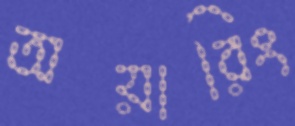
অয়ারিং